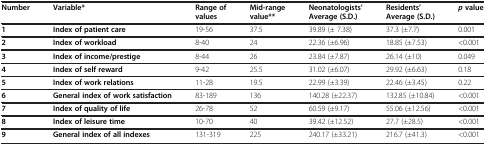
<table><thead><tr><td><b>Number</b></td><td><b>Variable*</b></td><td><b>Range of values</b></td><td><b>Mid-range value**</b></td><td><b>Neonatologists’ Average (S.D.)</b></td><td><b>Residents’ Average (S.D.)</b></td><td><b><i>p </i>value</b></td></tr></thead><tbody><tr><td><b>1</b></td><td><b>Index of patient care</b></td><td>19-56</td><td>37.5</td><td>39.89 (± 7.38)</td><td>37.3 (±7.7)</td><td>0.001</td></tr><tr><td><b>2</b></td><td><b>Index of workload</b></td><td>8-40</td><td>24</td><td>22.36 (±6.96)</td><td>18.85 (±7.53)</td><td>&lt;0.001</td></tr><tr><td><b>3</b></td><td><b>Index of income/prestige</b></td><td>8-44</td><td>26</td><td>23.84 (±7.87)</td><td>26.14 (±10)</td><td>0.049</td></tr><tr><td><b>4</b></td><td><b>Index of self reward</b></td><td>9-42</td><td>25.5</td><td>31.02 (±6.07)</td><td>29.92 (±6.63)</td><td>0.18</td></tr><tr><td><b>5</b></td><td><b>Index of work relations</b></td><td>11-28</td><td>19.5</td><td>22.99 (±3.39)</td><td>22.46 (±3.45)</td><td>0.22</td></tr><tr><td><b>6</b></td><td><b>General index of work satisfaction</b></td><td>83-189</td><td>136</td><td>140.28 (±22.37)</td><td>132.85 (±10.84)</td><td>&lt;0.001</td></tr><tr><td><b>7</b></td><td><b>Index of quality of life</b></td><td>26-78</td><td>52</td><td>60.59 (±9.17)</td><td>55.06 (±12.56)</td><td>&lt;0.001</td></tr><tr><td><b>8</b></td><td><b>Index of leisure time</b></td><td>10-70</td><td>40</td><td>39.42 (±12.52)</td><td>27.7 (±28.5)</td><td>&lt;0.001</td></tr><tr><td><b>9</b></td><td><b>General index of all indexes</b></td><td>131-319</td><td>225</td><td>240.17 (±33.21)</td><td>216.7 (±41.3)</td><td>&lt;0.001</td></tr></tbody></table>